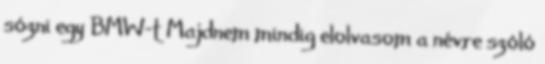
sózni egy BMW-t Majdnem mindig elolvasom a névre szóló